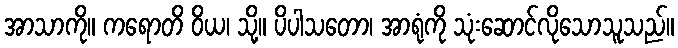
အာသာကို။ ကရောတိ ဝိယ၊ သို့။ ပိပါသတော၊ အာရုံကို သုံးဆောင်လိုသောသူသည်။